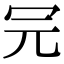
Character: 𠕻